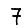
Digit: 7